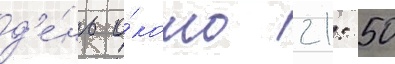
д'е́нь о́коло 21: 50